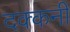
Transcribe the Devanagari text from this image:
दक्‍कनी